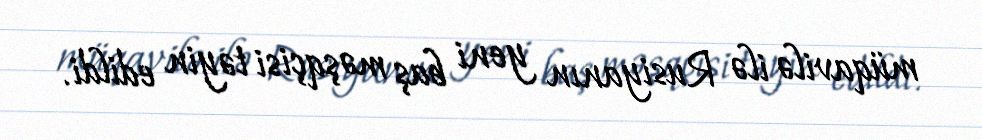
müqavilə ilə Rusiyanın yeni baş məşqçisi təyin edildi.